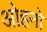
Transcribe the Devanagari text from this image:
ओहनो